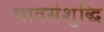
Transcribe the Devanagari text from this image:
भावसंशुद्धि